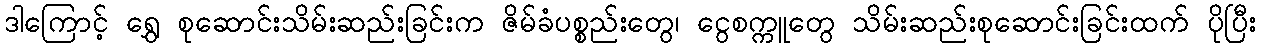
ဒါကြောင့် ရွှေ စုဆောင်းသိမ်းဆည်းခြင်းက ဇိမ်ခံပစ္စည်းတွေ၊ ငွေစက္ကူတွေ သိမ်းဆည်းစုဆောင်းခြင်းထက် ပိုပြီး